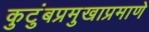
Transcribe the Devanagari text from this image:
कुटुंबप्रमुखाप्रमाणे